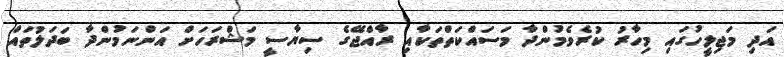
އަދި މަޖިލީހުގައި މިހާރު ކުރެވެމުންދާ މަސައްކަތްތަކާއި ރާއްޖޭގެ ސިޔާސީ މަޝްރަހަށް އަންނަމުންދާ ބަދަލުތައް